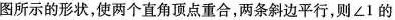
图所示的形状，使两个直角顶点重合，两条斜边平行，则∠1的